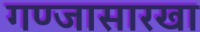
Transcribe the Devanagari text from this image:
गण्जासारखा